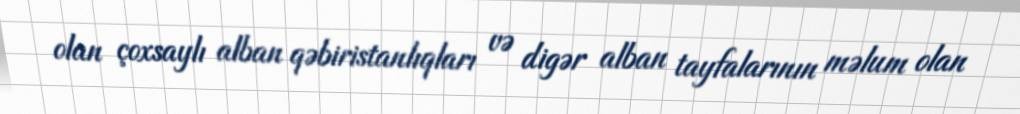
olan çoxsaylı alban qəbiristanlıqları və digər alban tayfalarının məlum olan